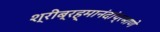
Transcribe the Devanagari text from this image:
श्रीब्रह्मानंदांप्रमाणे